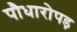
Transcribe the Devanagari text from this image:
पौधारोपड़